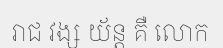
រាជ វង្ស យ័ន្ត គឺ លោក